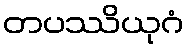
တပဿိယုဂံ